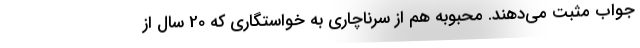
جواب مثبت می‌دهند. محبوبه هم از سرناچاری به خواستگاری که 20 سال از